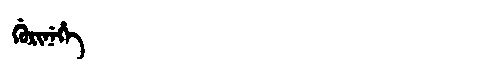
Manchu: ᡤᡠᡵᡳᠨᡝᡥᡝ
Romanization: GURINEHE